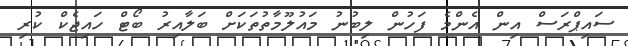
ސައިޕްރަސް އިން އެންމެ ފަހުން ލިބުނު މައުލޫމާތުތަކަށް ބަލާއިރު ބޯޓް ހައިޖެކް ކުރި